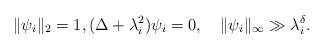
LaTeX: \begin{align*}\| \psi_i \|_2 = 1,(\Delta + \lambda_i^2) \psi_i = 0,\quad\| \psi_i \|_\infty \gg \lambda_i^\delta.\end{align*}